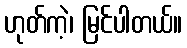
ဟုတ်ကဲ့၊ မြင်ပါတယ်။